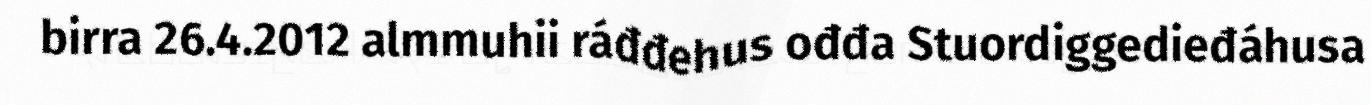
birra 26.4.2012 almmuhii ráđđehus ođđa Stuordiggedieđáhusa